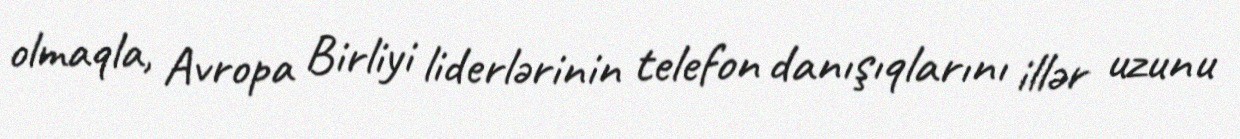
olmaqla, Avropa Birliyi liderlərinin telefon danışıqlarını illər uzunu